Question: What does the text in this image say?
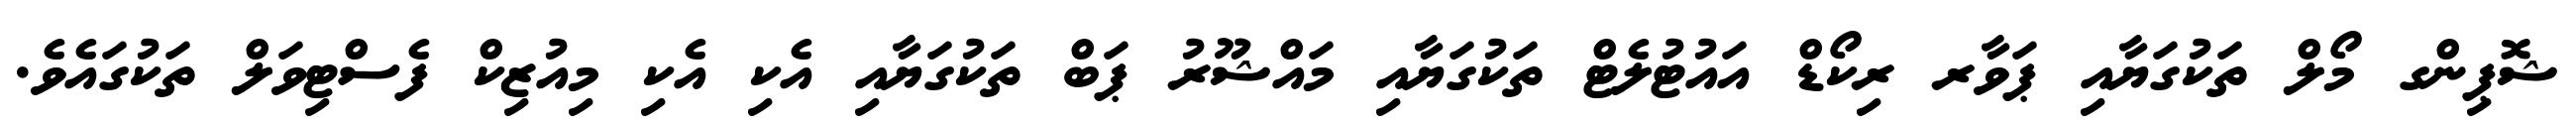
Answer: ޝޮޕިންގ މޯލް ތަކުގަޔާއި ޕަވާރ ރިކޯޑް އައުޓުލެޓް ތަކުގަޔާއި މައްޝޫރު ޕަބް ތަކުގަޔާއި އެކި އެކި މިއުޒިކް ފެސްޓިވަލް ތަކުގައެވެ.